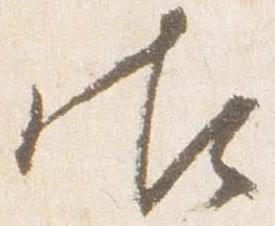
御